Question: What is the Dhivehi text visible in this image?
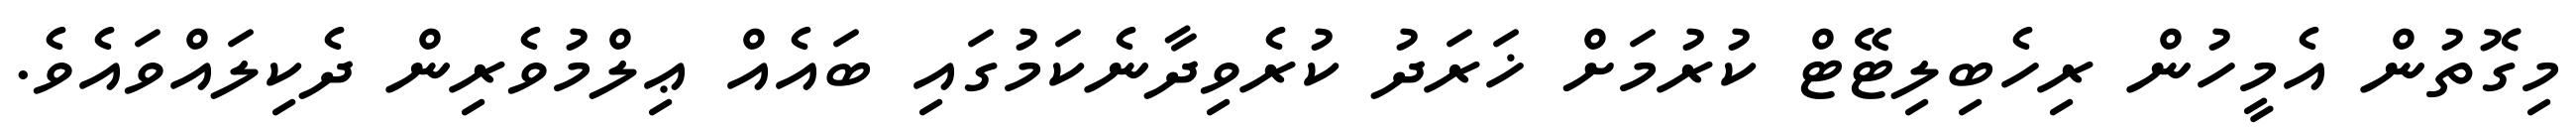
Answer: މިގޮތުން އެމީހުން ރިހެބިލިޓޭޓް ކުރުމަށް ޚަރަދު ކުރެވިދާނެކަމުގައި ބައެއް ޢިލްމުވެރިން ދެކިލައްވައެވެ.